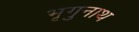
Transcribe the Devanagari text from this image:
भृगुनाथ